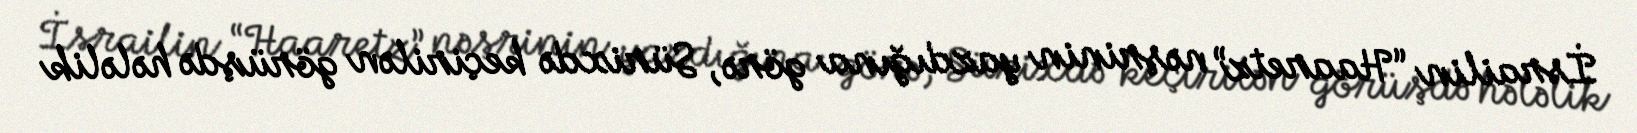
İsrailin “Haaretz” nəşrinin yazdığına görə, Sürixdə keçirilən görüşdə hələlik